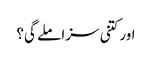
اور کتنی سزا ملے گی؟